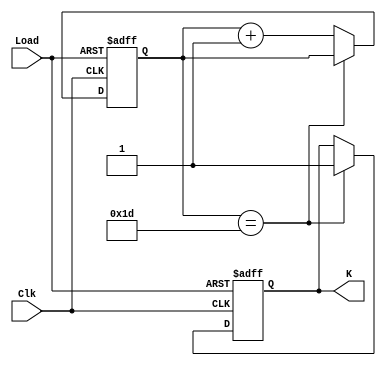
module Counter(
	input Load, Clk,
	output reg K
);
   reg [5:0] i;

	always @(posedge Clk, posedge Load) begin
		if (Load) begin
			K <= 0;
			i <= 6'b0;
		end
		else if (i == 29) 
			K <= 1;
		else
			i <= i + 1;
	end
endmodule